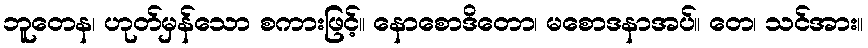
ဘူတေန၊ ဟုတ်မှန်သော စကားဖြင့်။ နောစောဒိတော၊ မစောဒနာအပ်။ တေ၊ သင်အား။